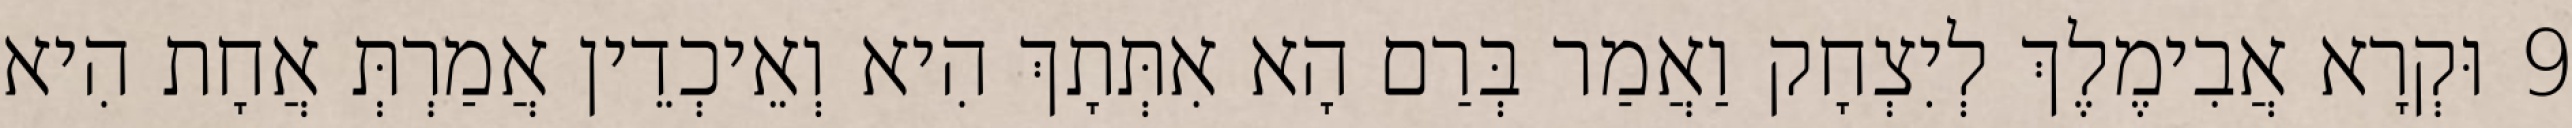
9 וּקְרָא אֲבִימֶלֶךְ לְיִצְחָק וַאֲמַר בְּרַם הָא אִתְּתָךְ הִיא וְאֵיכְדֵין אֲמַרְתְּ אֲחָת הִיא